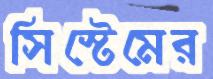
সিস্টেমের